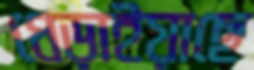
ধেড়াইয়াছে